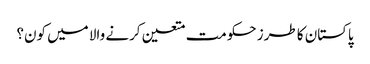
پاکستان کا طرز حکومت متعین کرنے والا میں کون؟